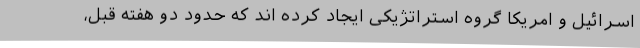
اسرائیل و امریکا گروه استراتژیکی ایجاد کرده اند که حدود دو هفته قبل،